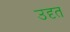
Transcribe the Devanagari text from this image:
उदृत